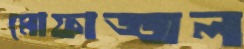
মোফাজ্জল